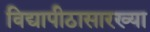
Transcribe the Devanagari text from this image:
विद्यापीठासारख्या